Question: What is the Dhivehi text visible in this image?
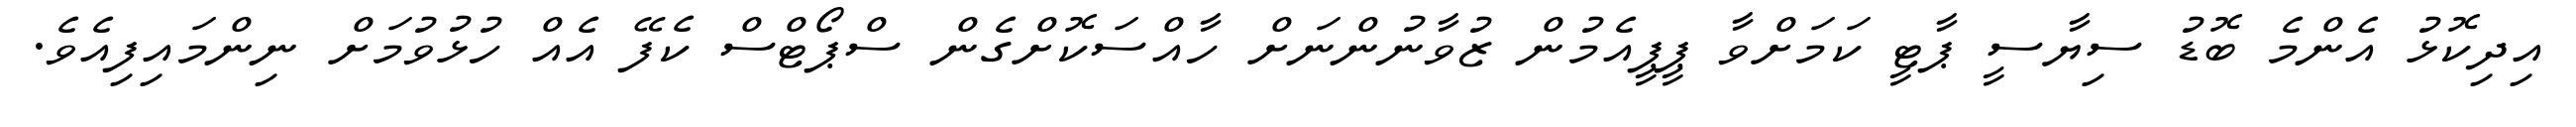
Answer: އިދިކޮޅު އެންމެ ބޮޑު ސިޔާސީ ޕާޓީ ކަމަށްވާ ޕީޕީއެމުން ޒުވާނުންނަށް ހާއްސަކޮށްގެން ސްޕޯޓްސް ކެފޭ އެއް ހުޅުވުމަށް ނިންމައިފިއެވެ.